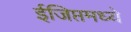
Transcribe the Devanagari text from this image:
ईजिप्तमध्ये